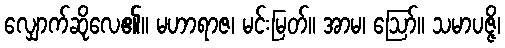
လျှောက်ဆိုလေ၏။ မဟာရာဇ၊ မင်းမြတ်။ အာမ၊ ဩော်။ သမာပဇ္ဇိ၊